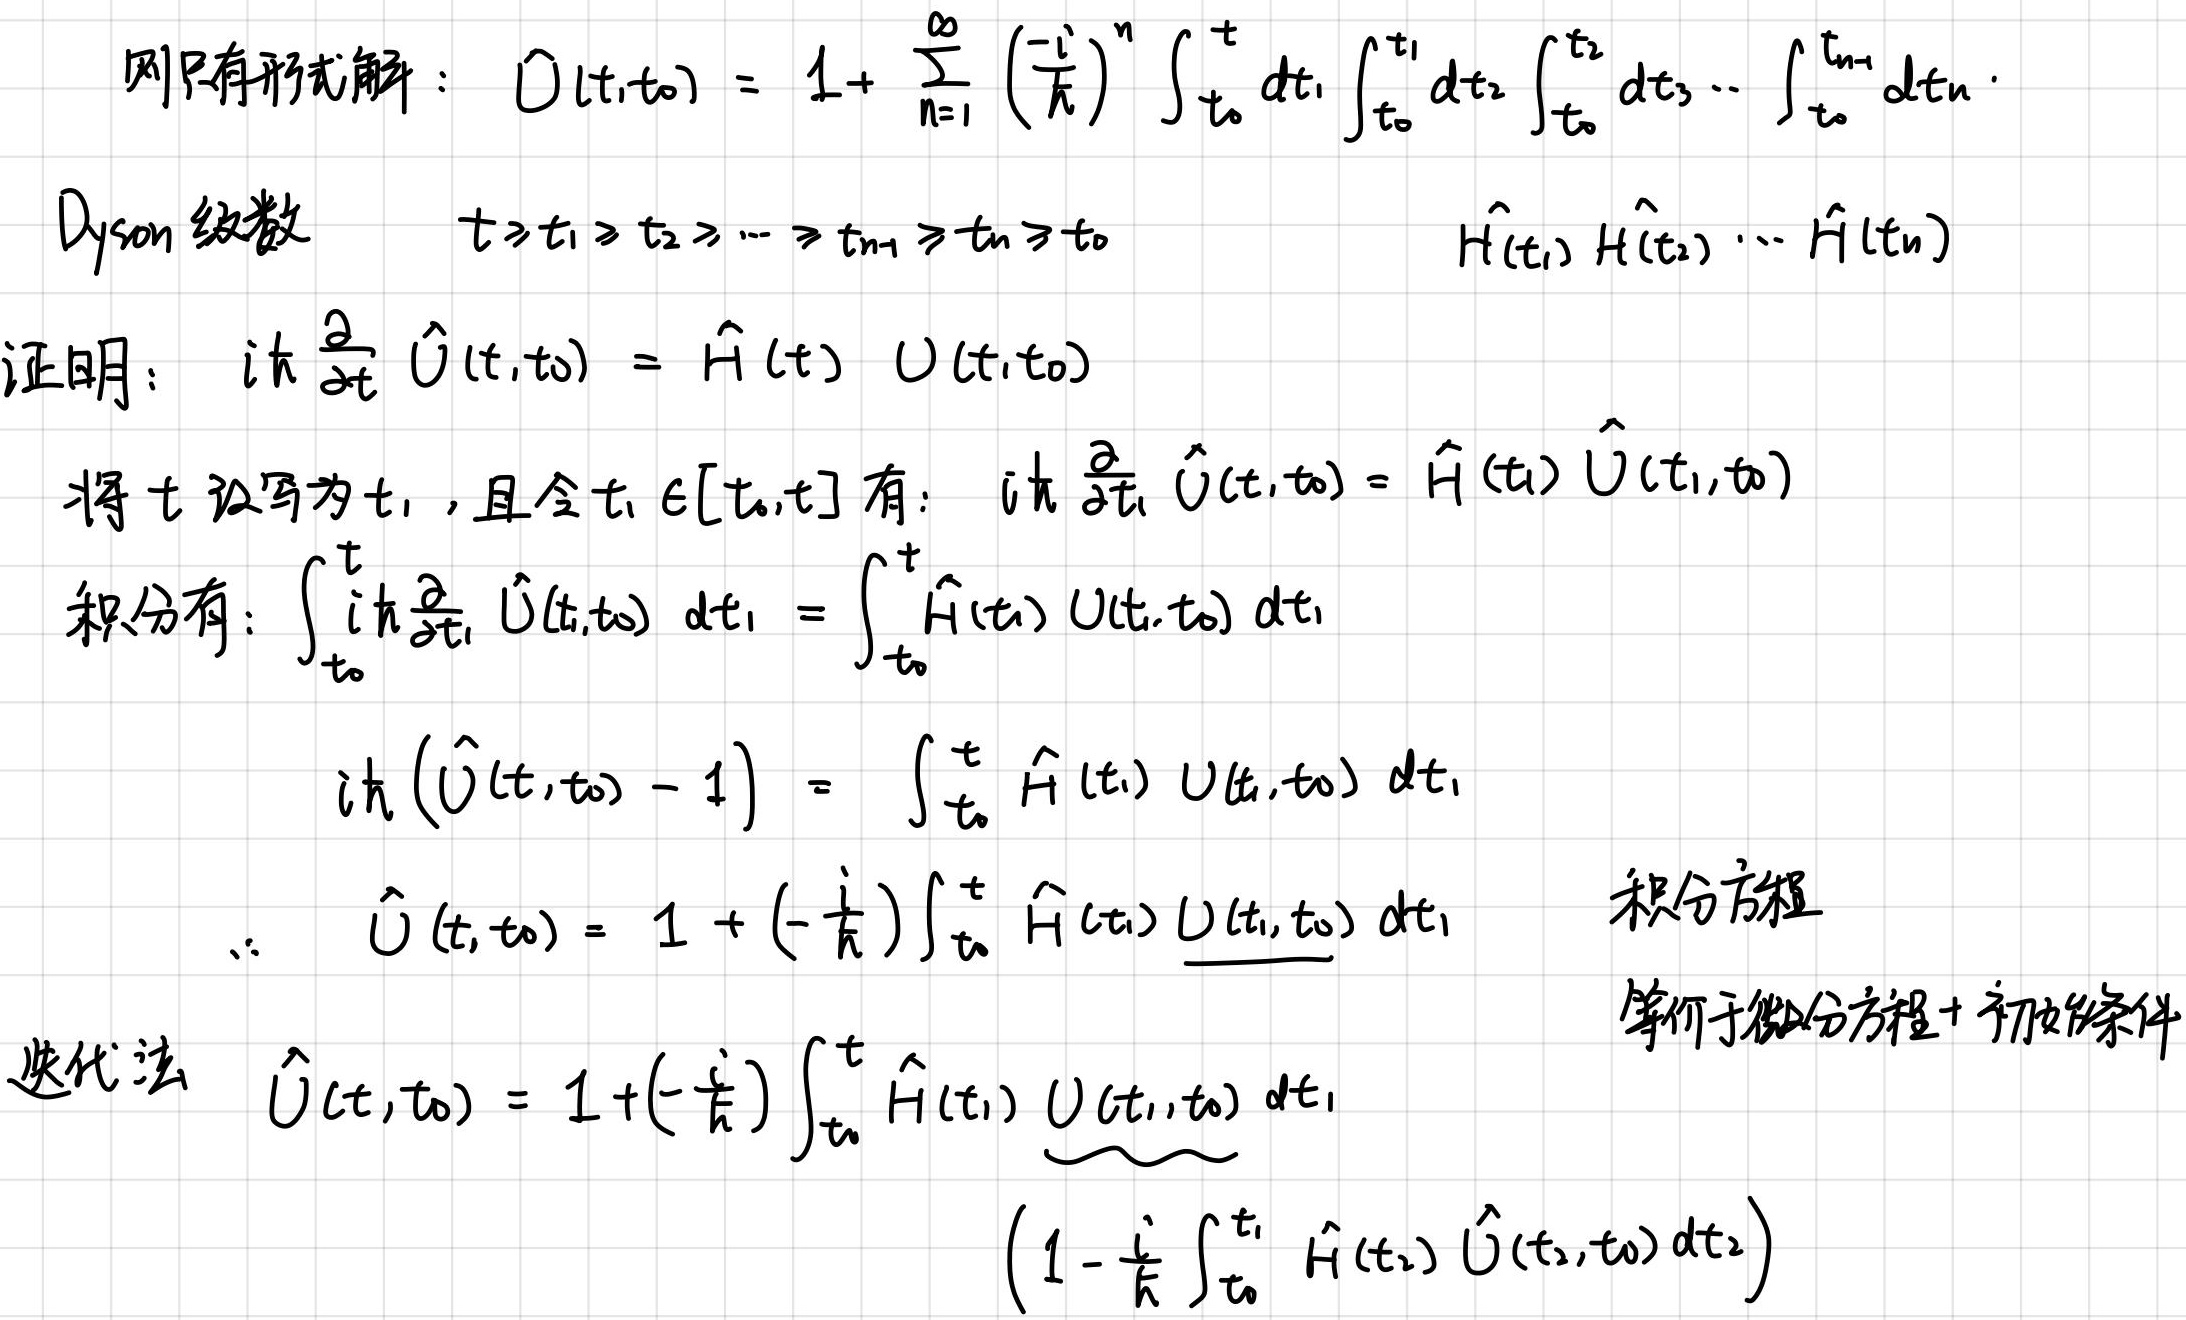
则只有形式解：$\hat{U}(t,t_0)=1+\sum_{n = 1}^{\infty}\left(\frac{-i}{\hbar}\right)^n\int_{t_0}^{t}dt_1\int_{t_0}^{t_1}dt_2\int_{t_0}^{t_2}dt_3\cdots\int_{t_0}^{t_{n - 1}}dt_n\cdot$

Dyson 级数 $t\geq t_1\geq t_2\geq\cdots\geq t_{n - 1}\geq t_n\geq t_0$ $\hat{H}(t_1)\hat{H}(t_2)\cdots\hat{H}(t_n)$

证明：$i\hbar\frac{\partial}{\partial t}\hat{U}(t,t_0)=\hat{H}(t)\hat{U}(t,t_0)$

将 $t$ 改写为 $t_1$，且令 $t_1\in[t_0,t]$ 有：$i\hbar\frac{\partial}{\partial t_1}\hat{U}(t,t_0)=\hat{H}(t_1)\hat{U}(t_1,t_0)$

积分有：$\int_{t_0}^{t}i\hbar\frac{\partial}{\partial t_1}\hat{U}(t,t_0)dt_1=\int_{t_0}^{t}\hat{H}(t_1)\hat{U}(t_1,t_0)dt_1$

$i\hbar(\hat{U}(t,t_0)-1)=\int_{t_0}^{t}\hat{H}(t_1)\hat{U}(t_1,t_0)dt_1$

$\therefore \hat{U}(t,t_0)=1+\left(-\frac{i}{\hbar}\right)\int_{t_0}^{t}\hat{H}(t_1)\hat{U}(t_1,t_0)dt_1$ 积分方程

等价于微分方程 + 初始条件

迭代法 $\hat{U}(t,t_0)=1+\left(-\frac{i}{\hbar}\right)\int_{t_0}^{t}\hat{H}(t_1)\underbrace{\hat{U}(t_1,t_0)}_{(1-\frac{i}{\hbar}\int_{t_0}^{t_1}\hat{H}(t_2)\hat{U}(t_2,t_0)dt_2)}dt_1$